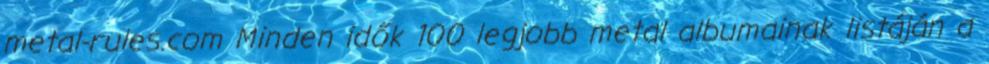
metal-rules.com Minden idők 100 legjobb metal albumainak listáján a